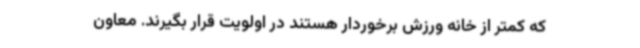
که کمتر از خانه ورزش برخوردار هستند در اولویت قرار بگیرند. معاون